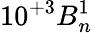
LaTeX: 10^{+3}B_{n}^{1}